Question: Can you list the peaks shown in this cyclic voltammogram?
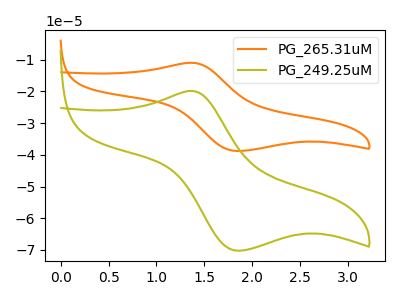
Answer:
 <answer>The orange curve "PG_265.31uM" has an anodic peak at (1.35V, -10.95uA) and a cathodic peak at (1.85V, -38.80uA). The olive curve "PG_249.25uM" has an anodic peak at (1.35V, -19.85uA) and a cathodic peak at (1.85V, -70.25uA).</answer>
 <eval></eval>